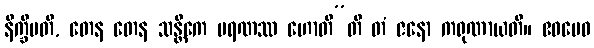
နိက္ခိပတိ, တေန တေန သန္တိကေ မရဏဿ ဟောတီ”တိ တံ ဇနော ကရုဏာယတိ။ ဧဝမေဝ